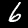
Digit: 6